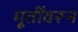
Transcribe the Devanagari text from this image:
मूर्तींवरून